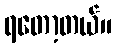
ရတော့တယ်။